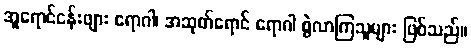
အူရောင်ငန်းဖျား ရောဂါ၊ အဆုတ်ရောင် ရောဂါ စွဲလာကြသူများ ဖြစ်သည်။